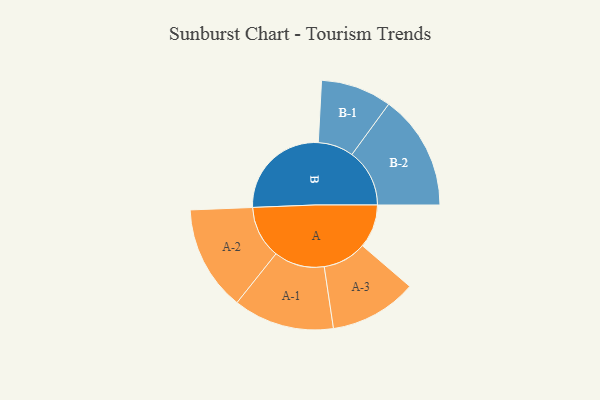
{"axis": {"x": "Segment", "y": "Value"}, "legend": ["", "A", "B"], "data": [{"x": "A", "y": 206, "type": ""}, {"x": "B", "y": 483, "type": ""}, {"x": "A-1", "y": 239, "type": "A"}, {"x": "A-2", "y": 249, "type": "A"}, {"x": "A-3", "y": 207, "type": "A"}, {"x": "B-1", "y": 168, "type": "B"}, {"x": "B-2", "y": 273, "type": "B"}]}